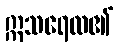
ဣသရေလ၏